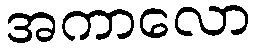
အကာလော